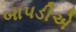
બાપડીએ